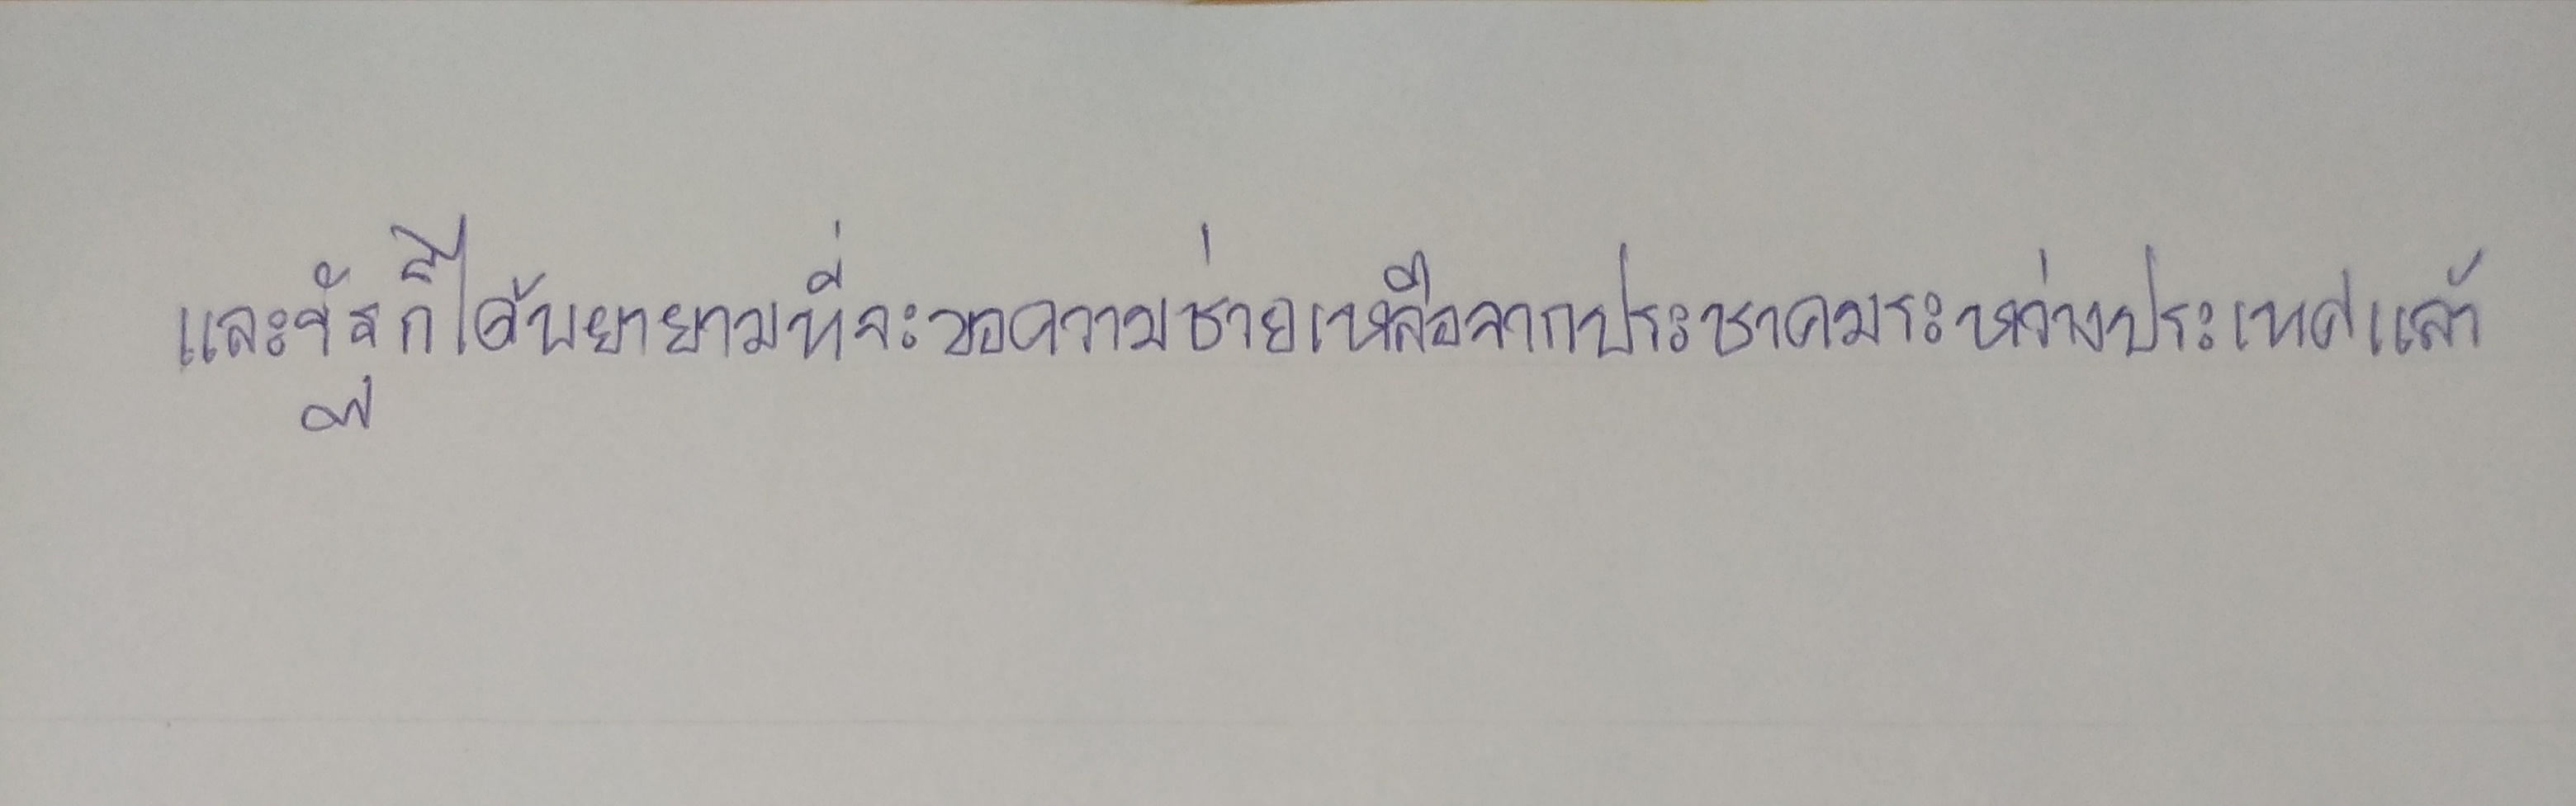
และรัฐก็ได้พยายามที่จะขอความช่วยเหลือจากประชาคมระหว่างประเทศแล้ว